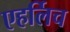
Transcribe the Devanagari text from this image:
एहर्लिच